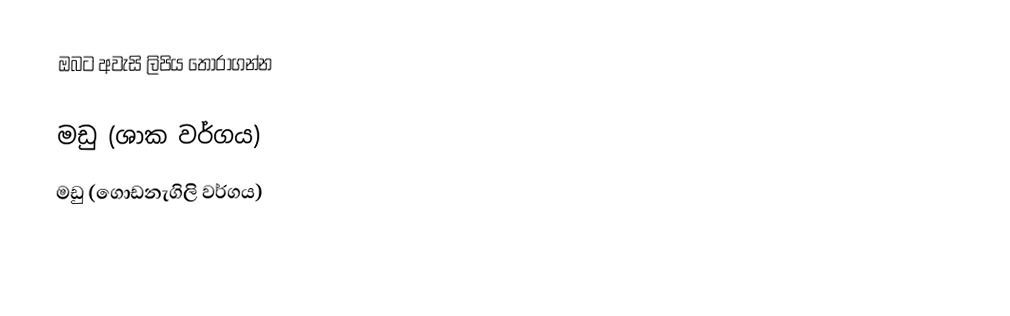
ඔබට අවැසි ලිපිය තෝරාගන්න

 මඩු (ශාක වර්ගය)
 මඩු (ගොඩනැගිලි වර්ගය)